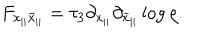
F _ { x _ { | | } \bar { x } _ { | | } } = \tau _ { 3 } \partial _ { x _ { | | } } \partial _ { \bar { x } _ { | | } } \log \rho .